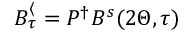
B _ { \tau } ^ { \langle } = P ^ { \dagger } B ^ { s } ( 2 \Theta , \tau )